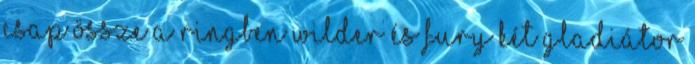
csap össze a ringben Wilder és Fury Két Gladiátor